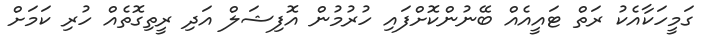
ގަމީހަކާއެކު ރަތް ޓައީއެއް ބޭނުންކޮށްފައި ހުރުމުން އޮފިޝަލް އަދި ރީތިގޮތެއް ހުރި ކަމަށް